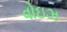
વોઇઝ